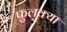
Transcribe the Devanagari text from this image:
फुलक्या